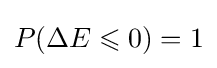
P(\Delta E\leqslant 0)=1